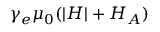
\gamma _ { e } \mu _ { 0 } ( | H | + H _ { A } )